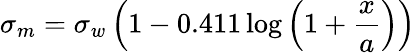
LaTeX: \sigma_{m}=\sigma_{w}\left(1-0.411\log\left(1+{\frac{x}{a}}\right)\right)